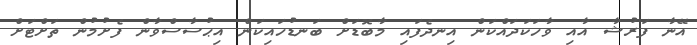
އޭނާ ފަރުޝާ އާއި ވާހަކަދައްކަން އިނދެފައި މާބޮޑަށް ބަނޑުހައިކަން އިޙުސާސްވާން ފެށުމުން ތަށްޓަށް